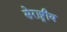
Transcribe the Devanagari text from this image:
सेराष्ट्रीय